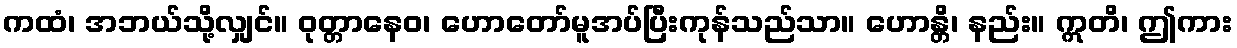
ကထံ၊ အဘယ်သို့လျှင်။ ဝုတ္တာနေဝ၊ ဟောတော်မူအပ်ပြီးကုန်သည်သာ။ ဟောန္တိ၊ နည်း။ ဣတိ၊ ဤကား